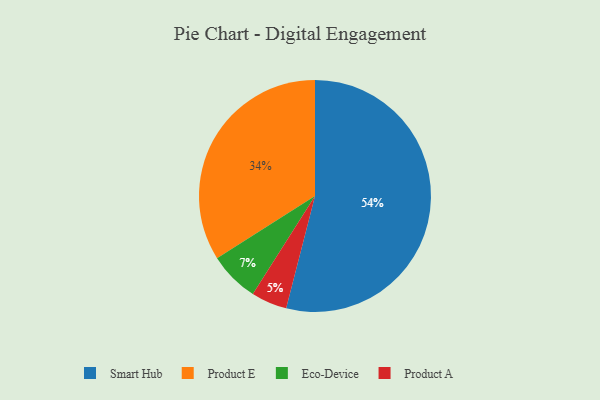
{"axis": {"x": "Category", "y": "Percentage"}, "legend": ["Eco-Device", "Product A", "Product E", "Smart Hub"], "data": [{"x": "Product A", "y": 5, "type": "Product A"}, {"x": "Smart Hub", "y": 54, "type": "Smart Hub"}, {"x": "Eco-Device", "y": 7, "type": "Eco-Device"}, {"x": "Product E", "y": 34, "type": "Product E"}]}